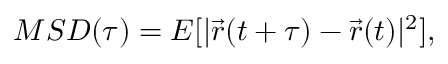
M S D ( \tau ) = E [ | \vec { r } ( t + \tau ) - \vec { r } ( t ) | ^ { 2 } ] ,